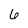
Character: 6